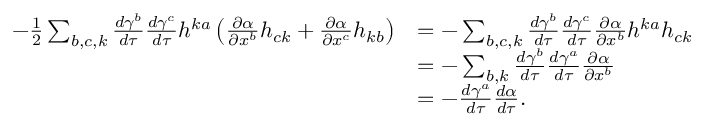
\begin{array} { r l } { - \frac { 1 } { 2 } \sum _ { b , c , k } \frac { d \gamma ^ { b } } { d \tau } \frac { d \gamma ^ { c } } { d \tau } h ^ { k a } \left( \frac { \partial \alpha } { \partial x ^ { b } } h _ { c k } + \frac { \partial \alpha } { \partial x ^ { c } } h _ { k b } \right) } & { = - \sum _ { b , c , k } \frac { d \gamma ^ { b } } { d \tau } \frac { d \gamma ^ { c } } { d \tau } \frac { \partial \alpha } { \partial x ^ { b } } h ^ { k a } h _ { c k } } \\ & { = - \sum _ { b , k } \frac { d \gamma ^ { b } } { d \tau } \frac { d \gamma ^ { a } } { d \tau } \frac { \partial \alpha } { \partial x ^ { b } } } \\ & { = - \frac { d \gamma ^ { a } } { d \tau } \frac { d \alpha } { d \tau } . } \end{array}